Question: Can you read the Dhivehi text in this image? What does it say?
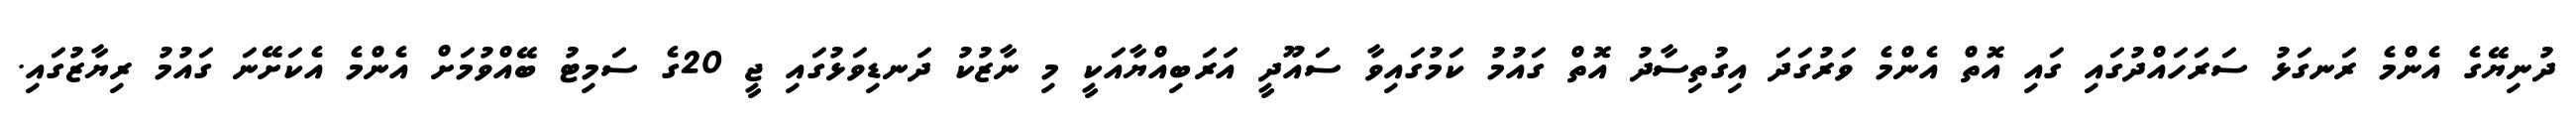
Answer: ދުނިޔޭގެ އެންމެ ރަނގަޅު ސަރަހައްދުގައި ގައި އޮތް އެންމެ ވަރުގަދަ އިގުތިސާދު އޮތް ގައުމު ކަމުގައިވާ ސައޫދީ އަރަބިއްޔާއަކީ މި ނާޒުކު ދަނޑިވަޅުގައި ޖީ 20ގެ ސަމިޓު ބޭއްވުމަށް އެންމެ އެކަށޭނަ ގައުމު ރިޔާޒުގައި.